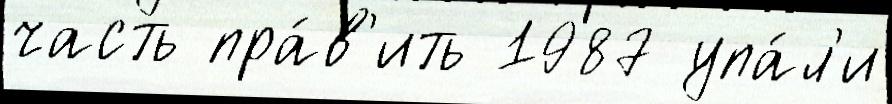
часть пра́в'ить 1987 упа́л'и